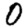
Digit: 0